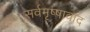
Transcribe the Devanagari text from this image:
सर्वमृष्षावाद